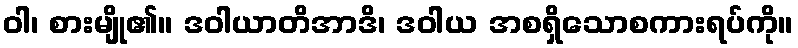
ဝါ၊ စားမျို၏။ ဒဝါယာတိအာဒိ၊ ဒဝါယ အစရှိသောစကားရပ်ကို။